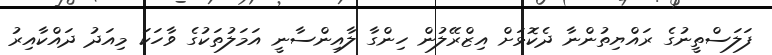
ފަލަސްތީނުގެ ރައްޔިތުންނާ ދެކޮޅަށް އިޒްރޭލުން ހިންގާ ލާއިންސާނީ އަމަލުތަކުގެ ވާހަކަ މިއަދު ދައްކާއިރު